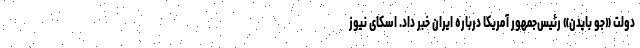
دولت «جو بایدن» رئیس‌جمهور آمریکا درباره ایران خبر داد. اسکای نیوز